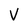
Character: V